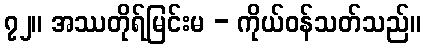
၇၂။ အဿတိုရ်မြင်းမ - ကိုယ်ဝန်သတ်သည်။